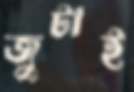
জুটাই